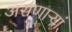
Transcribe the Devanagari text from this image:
असणाऱ्यां